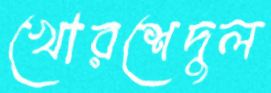
খোরশেদুল